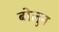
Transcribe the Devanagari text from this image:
बोलुन